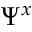
\Psi ^ { x }